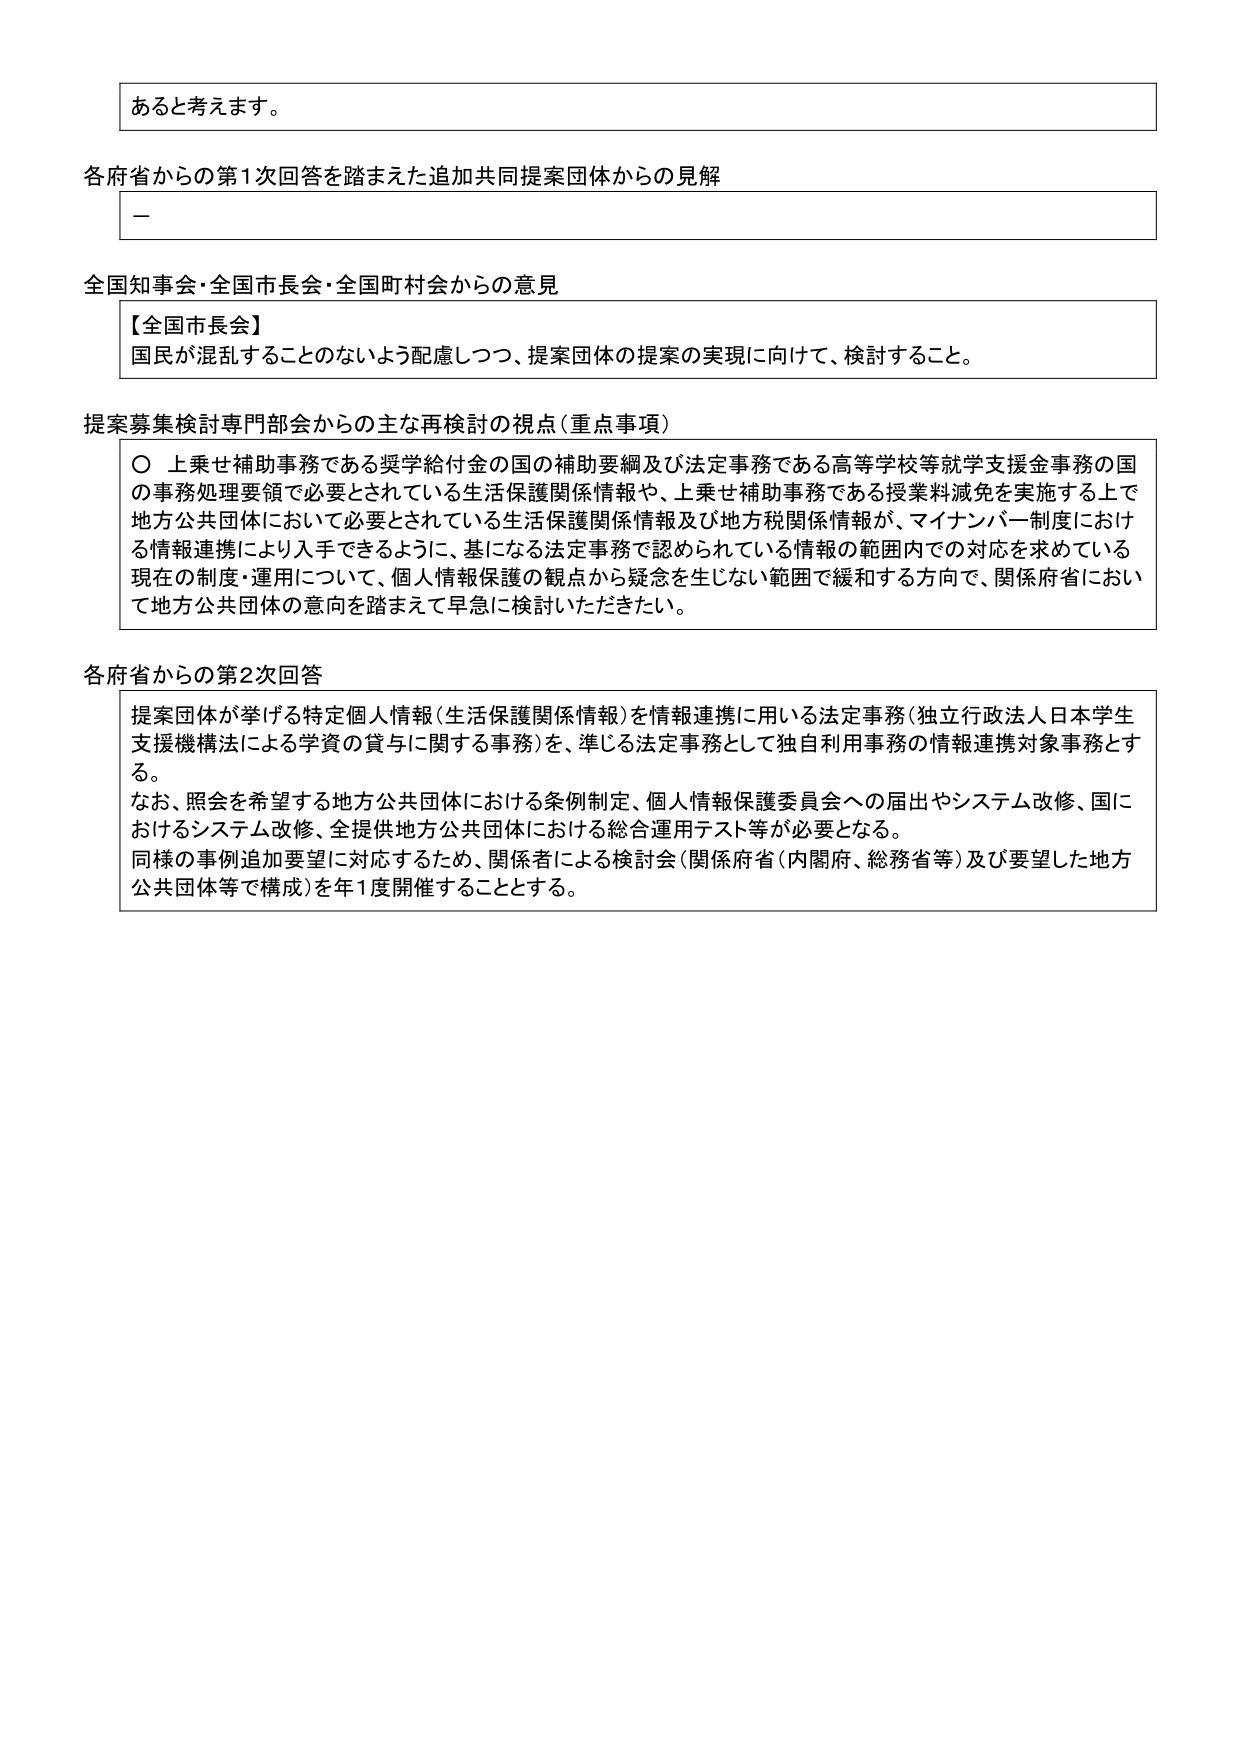
あると考えます。

各府省からの第1次回答を踏まえた追加共同提案団体からの見解
ー

全国知事会・全国市長会・全国町村会からの意見
【全国市長会】
国民が混乱することのないよう配慮しつつ、提案団体の提案の実現に向けて、検討すること。

提案募集検討専門部会からの主な再検討の視点（重点事項）
〇 上乗せ補助事務である奨学給付金の国の補助要綱及び法定事務である高等学校等就学支援金事務の国の事務処理要領で必要とされている生活保護関係情報や、上乗せ補助事務である授業料減免を実施する上で地方公共団体において必要とされている生活保護関係情報及び地方税関係情報が、マイナンバー制度における情報連携により入手できるように、基になる法定事務で認められている情報の範囲内での対応を求めている現在の制度・運用について、個人情報保護の観点から疑念を生じない範囲で緩和する方向で、関係府省において地方公共団体の意向を踏まえて早急に検討いただきたい。

各府省からの第2次回答
提案団体が挙げる特定個人情報（生活保護関係情報）を情報連携に用いる法定事務（独立行政法人日本学生支援機構法による学資の貸与に関する事務）を、準じる法定事務として独自利用事務の情報連携対象事務とする。
なお、照会を希望する地方公共団体における条例制定、個人情報保護委員会への届出やシステム改修、国におけるシステム改修、全提供地方公共団体における総合運用テスト等が必要となる。
同様の事例追加要望に対応するため、関係者による検討会（関係府省（内閣府、総務省等）及び要望した地方公共団体等で構成）を年1度開催することとする。